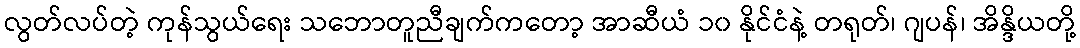
လွတ်လပ်တဲ့ ကုန်သွယ်ရေး သဘောတူညီချက်ကတော့ အာဆီယံ ၁၀ နိုင်ငံနဲ့ တရုတ်၊ ဂျပန်၊ အိန္ဒိယတို့